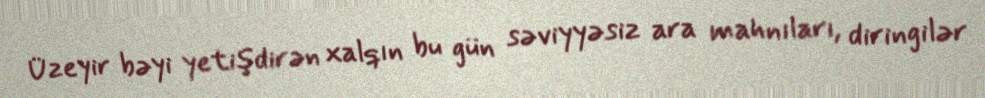
Üzeyir bəyi yetişdirən xalqın bu gün səviyyəsiz ara mahnıları, diringilər